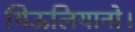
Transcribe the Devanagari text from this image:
गिऊलियानो।